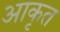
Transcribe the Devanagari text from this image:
आकृत